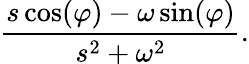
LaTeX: {\frac{s\cos(\varphi)-\omega\sin(\varphi)}{s^{2}+\omega^{2}}}.